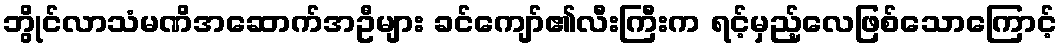
ဘွိုင်လာသံမဏိအဆောက်အဦများ ခင်ကျော်၏လီးကြီးက ရင့်မှည့်လေဖြစ်သောကြောင့်